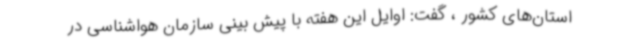
استان‌های کشور ، گفت: اوایل این هفته با پیش بینی سازمان هواشناسی در